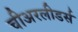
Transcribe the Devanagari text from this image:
चीअरलीडर्स